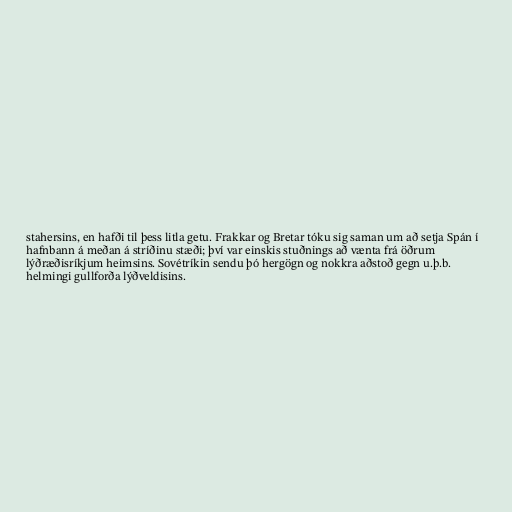
stahersins, en hafði til þess litla getu. Frakkar og Bretar tóku sig saman um að setja Spán í
hafnbann á meðan á stríðinu stæði; því var einskis stuðnings að vænta frá öðrum
lýðræðisríkjum heimsins. Sovétríkin sendu þó hergögn og nokkra aðstoð gegn u.þ.b.
helmingi gullforða lýðveldisins.